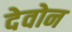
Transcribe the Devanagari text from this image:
देवोन